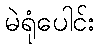
မဲရုံပေါင်း